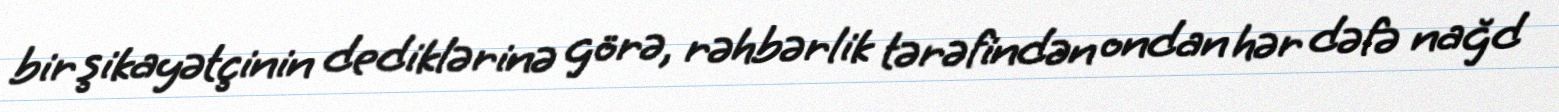
bir şikayətçinin dediklərinə görə, rəhbərlik tərəfindən ondan hər dəfə nağd